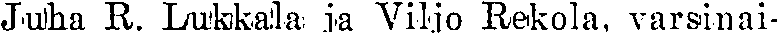
Juha R. Lukkala ja Viljo Rekola, varsinai-